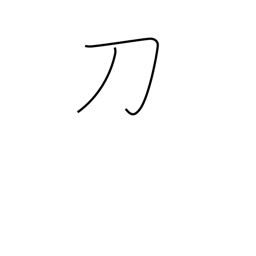
Meaning: saber